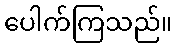
ပေါက်ကြသည်။